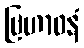
ဗြဟာဝနံ